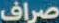
صراف